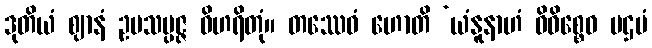
ဒုတိယံ ဈာနံ ဥပသမ္ပဇ္ဇ ဝိဟရိတုံ။ တဿေဝံ ဟောတိ ‘ယံနူနာဟံ ဝိဝိစ္စေဝ ပဌမံ